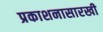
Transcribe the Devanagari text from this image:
प्रकाशनासारखी